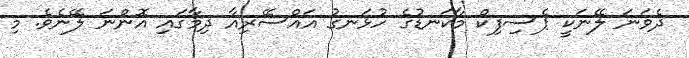
ދެވަނަ ލޭނަކީ ޕެސިފިކް މާކަނޑުގެ ހުޅަނގު އައްސޭރިއާ ދިމާގައި އޮންނަ ލޭނެވެ. މި